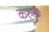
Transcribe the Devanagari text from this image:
करुळ